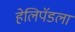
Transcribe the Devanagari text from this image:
हेलिपॅडला